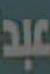
عبد